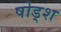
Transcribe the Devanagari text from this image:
षोड्श